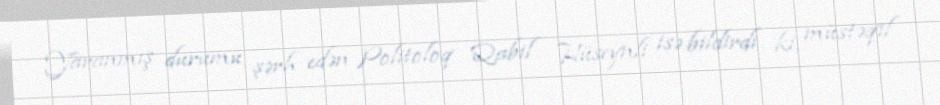
Yaranmış durumu şərh edən Politoloq Qabil Hüseynli isə bildirdi ki, müstəqil